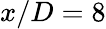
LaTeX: x/D=8